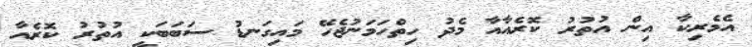
އެމެރިކާ އިން އުތުރު ކޮރެއާއާ މެދު ހިތްހަމަނުޖެހޭ މައިގަނޑު ސަބަބަކީ އުތުރު ކޮރެއާ